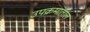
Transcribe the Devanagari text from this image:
उपक्रमातील